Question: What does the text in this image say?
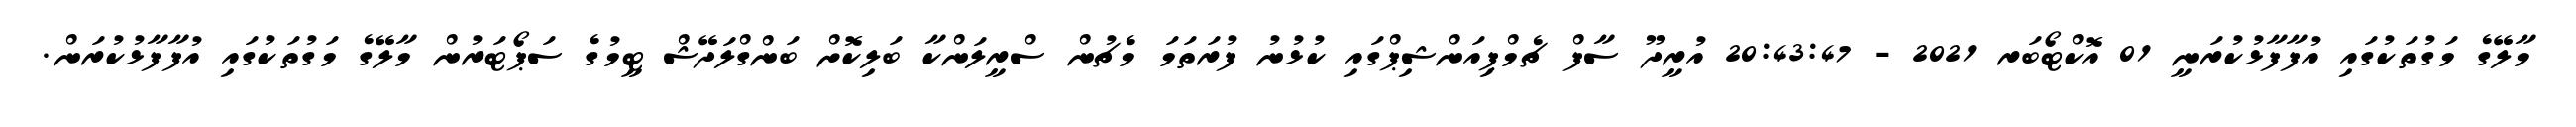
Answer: މާލޭގެ މަގުތަކުގައި އުފާފާޅުކުރަނީ 01 އޮކްޓޯބަރ 2021 - 20:43:47 އުރީދޫ ސާފް ޗެމްޕިއަންޝިޕްގައި ކުޅުނު ފުރަތަމަ މެޗުން ސްރީލަންކާ ބަލިކޮށް ބަންގްލަދޭޝް ޓީމުގެ ސަޕޯޓަރުން މާލޭގެ މަގުތަކުގައި އުފާފާޅުކުރަން.